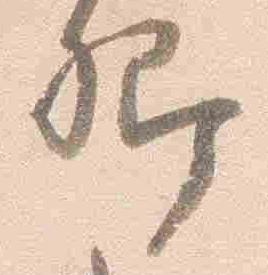
卿